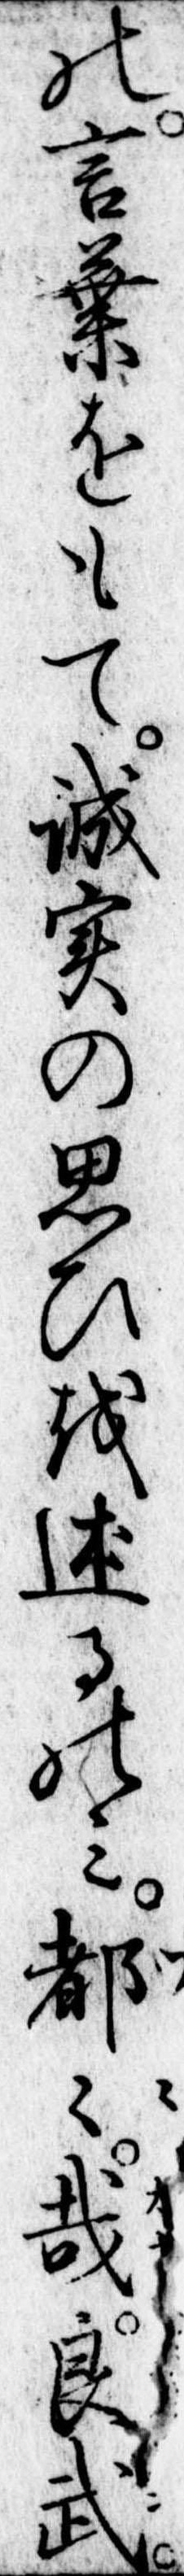
の言葉をもて誠実の思ひを述るのみ都々哉良武